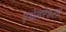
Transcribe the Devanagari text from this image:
एथेलरेडला